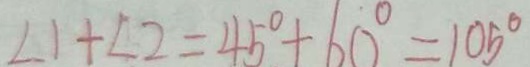
\angle 1 + \angle 2 = 4 5 ^ { \circ } + 6 0 ^ { \circ } = 1 0 5 ^ { \circ }